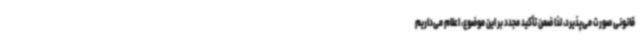
قانونی صورت می‌پذیرد، لذا ضمن تأکید مجدد بر این موضوع، اعلام می‌داریم